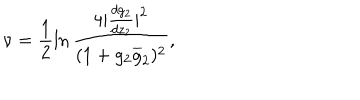
\nu = \frac { 1 } { 2 } \ln \frac { 4 | \frac { d g _ { 2 } } { d z _ { 2 } } | ^ { 2 } } { ( 1 + g _ { 2 } \overline { { { g } } } _ { 2 } ) ^ { 2 } } ,